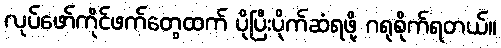
လုပ်ဖော်ကိုင်ဖက်တွေထက် ပိုပြီးပိုက်ဆံရဖို့ ဂရုစိုက်ရတယ်။